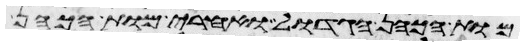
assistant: מות הכהן הגדול ואחרי מות הכהן